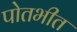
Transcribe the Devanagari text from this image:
पोतभीत